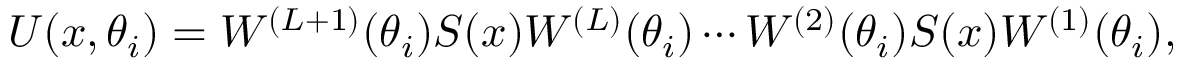
U ( x , \theta _ { i } ) = W ^ { ( L + 1 ) } ( \theta _ { i } ) S ( x ) W ^ { ( L ) } ( \theta _ { i } ) \cdots W ^ { ( 2 ) } ( \theta _ { i } ) S ( x ) W ^ { ( 1 ) } ( \theta _ { i } ) ,